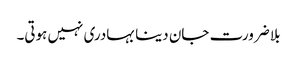
بلا ضرورت جان دینا بہادری نہیں ہوتی۔